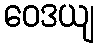
ဝေဒယျ